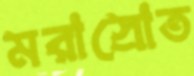
মরাস্রোত